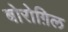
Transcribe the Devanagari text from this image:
बोरोग़िल